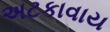
અટકાવાય